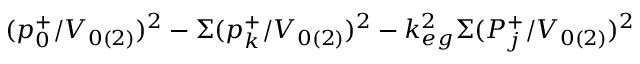
( p _ { 0 } ^ { + } / V _ { 0 ( 2 ) } ) ^ { 2 } - \Sigma ( p _ { k } ^ { + } / V _ { 0 ( 2 ) } ) ^ { 2 } - k _ { e g } ^ { 2 } \Sigma ( P _ { j } ^ { + } / V _ { 0 ( 2 ) } ) ^ { 2 }